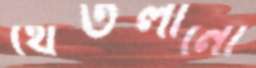
থেঁতলানো